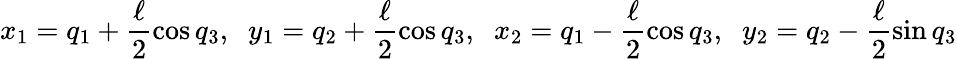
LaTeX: x_{1}=q_{1}+\frac{\ell}{2}\cos q_{3},\; \; y_{1}=q_{2}+\frac{\ell}{2}\cos q_{3},\; \; x_{2}=q_{1}-\frac{\ell}{2}\cos q_{3},\; \; y_{2}=q_{2}-\frac{\ell}{2}\sin q_{3}